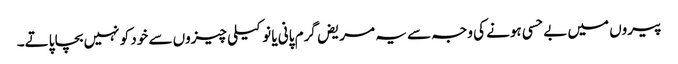
پیروں میں بے حسی ہونے کی وجہ سے یہ مریض گرم پانی یا نوکیلی چیزوں سے خود کو نہیں بچا پاتے۔